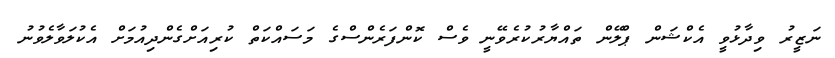
ނަޒީރު ވިދާޅުވީ އެކްޝަން ޕްލޭން ތައްޔާރުކުރެވޭނީ ވެސް ކޮންފަރެންސްގެ މަސައްކަތް ކުރިއަށްގެންދިއުމަށް އެކުލަވާލެވުނު